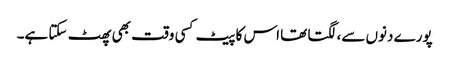
پورے دنوں سے، لگتا تھا اس کا پیٹ کسی وقت بھی پھٹ سکتا ہے۔